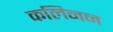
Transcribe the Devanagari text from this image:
कलिनन